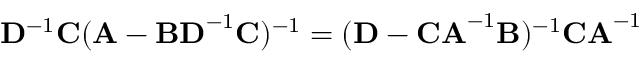
\mathbf { D } ^ { - 1 } \mathbf { C } ( \mathbf { A } - \mathbf { B D } ^ { - 1 } \mathbf { C } ) ^ { - 1 } = ( \mathbf { D } - \mathbf { C A } ^ { - 1 } \mathbf { B } ) ^ { - 1 } \mathbf { C A } ^ { - 1 }